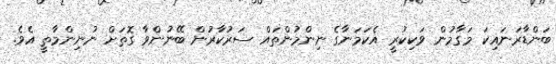
ބަންޑާރަނައިކަ މަގާމުން ވަކިކުރީ އެކަމަނާގެ ނިންމުންތައް ސަރުކާރުން ބޭނުންވާ ގޮތަށް ނުނިންމާތީ އެވެ.